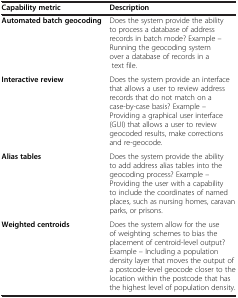
<table><thead><tr><td><b>Capability metric</b></td><td><b>Description</b></td></tr></thead><tbody><tr><td><b>Automated batch geocoding</b></td><td>Does the system provide the ability to process a database of address records in batch mode? Example – Running the geocoding system over a database of records in a text file.</td></tr><tr><td><b>Interactive review</b></td><td>Does the system provide an interface that allows a user to review address records that do not match on a case-by-case basis? Example – Providing a graphical user interface (GUI) that allows a user to review geocoded results, make corrections and re-geocode.</td></tr><tr><td><b>Alias tables</b></td><td>Does the system provide the ability to add address alias tables into the geocoding process? Example – Providing the user with a capability to include the coordinates of named places, such as nursing homes, caravan parks, or prisons.</td></tr><tr><td><b>Weighted centroids</b></td><td>Does the system allow for the use of weighting schemes to bias the placement of centroid-level output? Example – Including a population density layer that moves the output of a postcode-level geocode closer to the location within the postcode that has the highest level of population density.</td></tr></tbody></table>